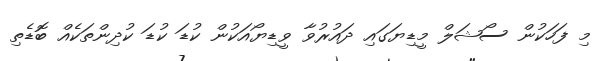
މި ފަހަކުން ސޯޝަލް މީޑިޔަގައި ދައުރުވާ ވީޑިޔޯއަކުން ކުޑަ ކުޑަ ކުދިންތަކެއް ބޮޑެތި